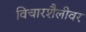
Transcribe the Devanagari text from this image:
विचारशैलीवर